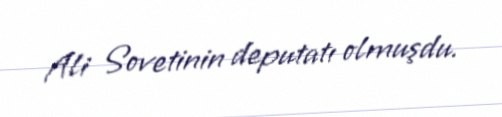
Ali Sovetinin deputatı olmuşdu.